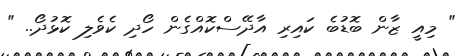
" މިއީ ޒާން ބޮޑުބެ ކައިރި އާދޭސްކޮއްގެން ހޯދި ކެވެލި ކޮޅުދޯ.. "